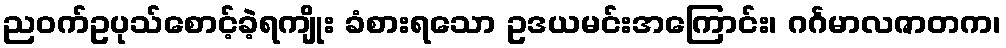
ညဝက်ဥပုသ်စောင့်ခဲ့ရကျိုး ခံစားရသော ဥဒယမင်းအကြောင်း၊ ဂင်္ဂမာလဇာတက၊